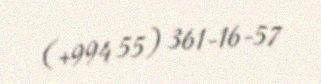
(+994 55) 361-16-57